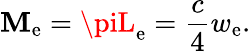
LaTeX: \mathbf{M}_{\mathrm{{e}}}=\piL_{\mathrm{{e}}}={\frac{{c}}{{4}}}w_{\mathrm{{e}}}.